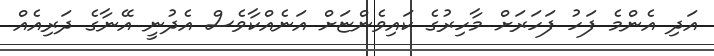
އަދި އެންމެ ފަހު ފަހަރަށް މާހިރުގެ ކައިވެންޏަށް އަނެއްކާވެސް އެދުނީ އޭނާގެ ދަރިއެއް